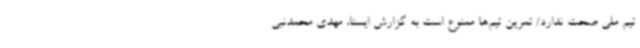
تیم ملی صحت ندارد/ تمرین تیم‌ها ممنوع است به گزارش ایسنا، مهدی محمدنبی